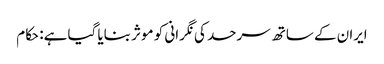
ایران کے ساتھ سرحد کی نگرانی کو موثر بنایا گیا ہے: حکام